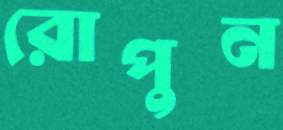
রোপুন